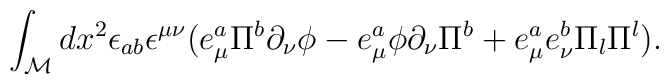
\int_{\cal M} dx^2\epsilon_{ab}\epsilon^{\mu\nu} (e^a_\mu \Pi^b\partial_\nu \phi-e^a_\mu \phi\partial_\nu \Pi^b+ e^a_\mu e^b_\nu \Pi_l \Pi^l).